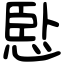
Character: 𢛶